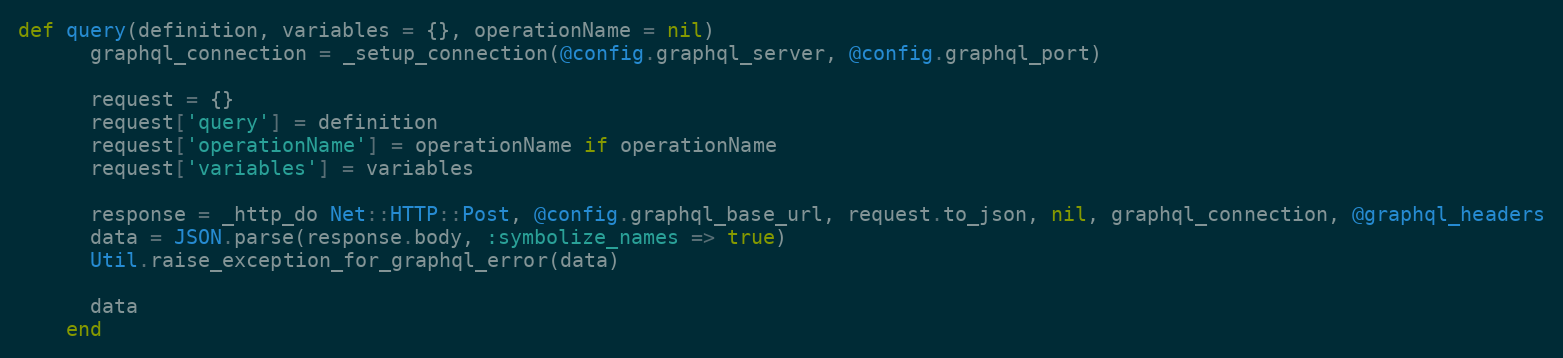
Language: Ruby
def query(definition, variables = {}, operationName = nil)
      graphql_connection = _setup_connection(@config.graphql_server, @config.graphql_port)

      request = {}
      request['query'] = definition
      request['operationName'] = operationName if operationName
      request['variables'] = variables

      response = _http_do Net::HTTP::Post, @config.graphql_base_url, request.to_json, nil, graphql_connection, @graphql_headers
      data = JSON.parse(response.body, :symbolize_names => true)
      Util.raise_exception_for_graphql_error(data)

      data
    end